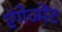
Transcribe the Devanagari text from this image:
एंगेज्मेंट